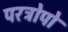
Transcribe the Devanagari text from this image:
परट्रोपो